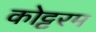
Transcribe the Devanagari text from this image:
कोट्टरम